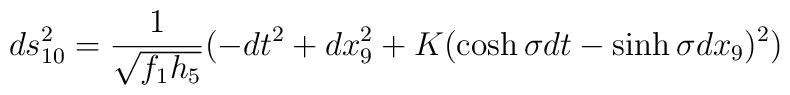
ds_{10}^2 = \frac{1}{\sqrt{f_1 h_5}} ( -dt^2 + dx_9^2 + K (\cosh \sigma dt - \sinh \sigma dx_9) ^2 )